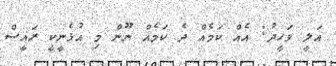
އަލީ ވަހީދު: އެއް ކަމެއް ދެ ކަމެއް ނޫން މި އުޅެނީކީ ރައީސް